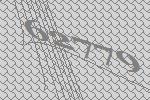
62779